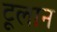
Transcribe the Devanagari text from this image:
टूलान